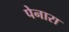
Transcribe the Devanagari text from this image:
पेनारा